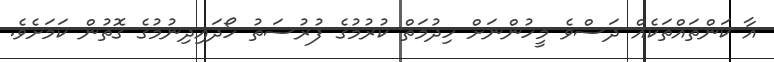
އާ ކަންތައްތަކެއް ދަސްވެ މީހުންނަށް ހިދުމަތް ކުރުމުގެ ފުރުސަތު ހޯދައިދިނުމުގެ ގޮތުން ކަމަށެވެ.